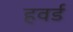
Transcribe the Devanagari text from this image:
हवर्ड